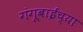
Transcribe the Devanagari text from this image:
गंगूबाईच्या